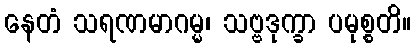
နေတံ သရဏမာဂမ္မ၊ သဗ္ဗဒုက္ခာ ပမုစ္စတိ။